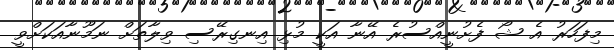
މިފަހަރު އެ ޝޯ ފެށުނީއްސުރެ އޭނާ އަކީ މުޅި އިނގިރޭސި ވިލާތަށް ނަމޫނާއަކަށްވީ